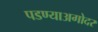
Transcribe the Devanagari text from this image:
पडण्याअगोदर